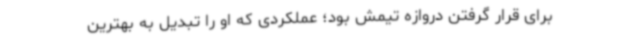
برای قرار گرفتن دروازه تیمش بود؛ عملکردی که او را تبدیل به بهترین